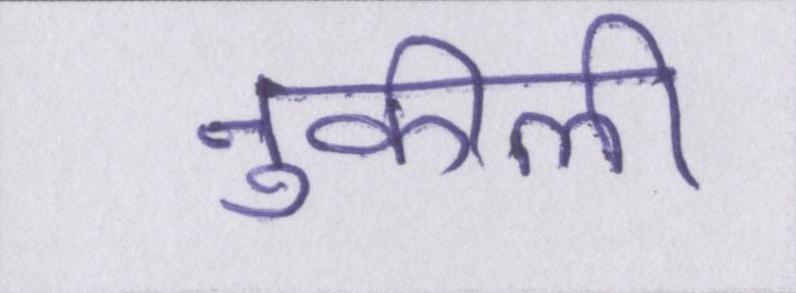
नुकीली